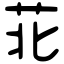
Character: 苝